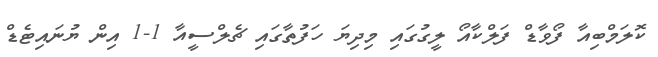
ކޮލަމްބިއާ ފޯވާޑް ފަލްކާއޯ ލީގުގައި މިދިޔަ ހަފުތާގައި ޗެލްސީއާ 1-1 އިން ޔުނައިޓެޑް